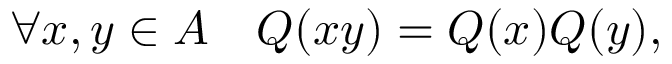
\forall x , y \in A \quad Q ( x y ) = Q ( x ) Q ( y ) ,